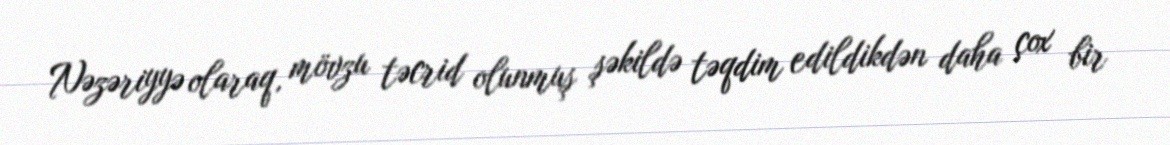
Nəzəriyyə olaraq, mövzu təcrid olunmuş şəkildə təqdim edildikdən daha çox bir